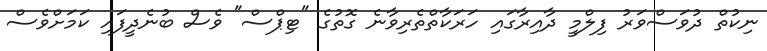
ނިކުތް ދުވަސްވަރު ފިލްމީ ދާއިރާގައި ހަރަކާތްތެރިވާނެ ގޮތުގެ "ޓިޕްސް" ވެސް ބުނެދީފައި ކަމަށްވެސް